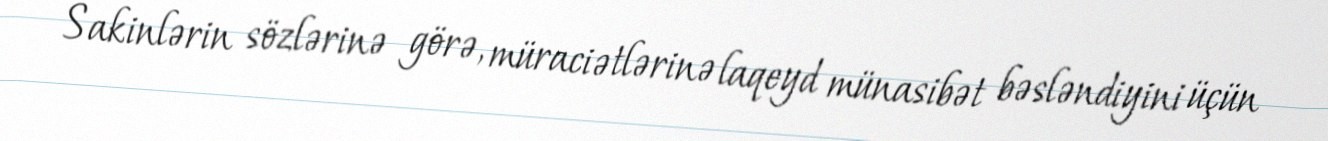
Sakinlərin sözlərinə görə, müraciətlərinə laqeyd münasibət bəsləndiyini üçün